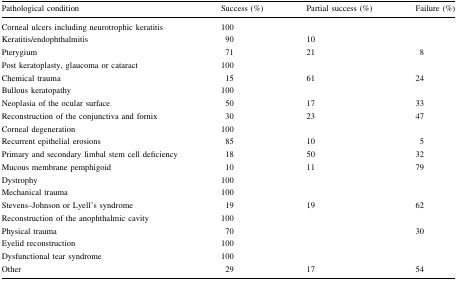
<table><thead><tr><td><b>Pathological condition</b></td><td><b>Success (%)</b></td><td><b>Partial success (%)</b></td><td><b>Failure (%)</b></td></tr></thead><tbody><tr><td>Corneal ulcers including neurotrophic keratitis</td><td>100</td><td></td><td></td></tr><tr><td>Keratitis/endophthalmitis</td><td>90</td><td>10</td><td></td></tr><tr><td>Pterygium</td><td>71</td><td>21</td><td>8</td></tr><tr><td>Post keratoplasty, glaucoma or cataract</td><td>100</td><td></td><td></td></tr><tr><td>Chemical trauma</td><td>15</td><td>61</td><td>24</td></tr><tr><td>Bullous keratopathy</td><td>100</td><td></td><td></td></tr><tr><td>Neoplasia of the ocular surface</td><td>50</td><td>17</td><td>33</td></tr><tr><td>Reconstruction of the conjunctiva and fornix</td><td>30</td><td>23</td><td>47</td></tr><tr><td>Corneal degeneration</td><td>100</td><td></td><td></td></tr><tr><td>Recurrent epithelial erosions</td><td>85</td><td>10</td><td>5</td></tr><tr><td>Primary and secondary limbal stem cell deficiency</td><td>18</td><td>50</td><td>32</td></tr><tr><td>Mucous membrane pemphigoid</td><td>10</td><td>11</td><td>79</td></tr><tr><td>Dystrophy</td><td>100</td><td></td><td></td></tr><tr><td>Mechanical trauma</td><td>100</td><td></td><td></td></tr><tr><td>Stevens–Johnson or Lyell’s syndrome</td><td>19</td><td>19</td><td>62</td></tr><tr><td>Reconstruction of the anophthalmic cavity</td><td>100</td><td></td><td></td></tr><tr><td>Physical trauma</td><td>70</td><td></td><td>30</td></tr><tr><td>Eyelid reconstruction</td><td>100</td><td></td><td></td></tr><tr><td>Dysfunctional tear syndrome</td><td>100</td><td></td><td></td></tr><tr><td>Other</td><td>29</td><td>17</td><td>54</td></tr></tbody></table>